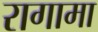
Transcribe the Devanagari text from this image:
रागामा